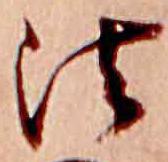
法